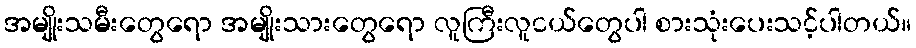
အမျိုးသမီးတွေရော အမျိုးသားတွေရော လူကြီးလူငယ်တွေပါ စားသုံးပေးသင့်ပါတယ်။